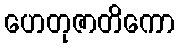
ဟေတုဇာတိကော